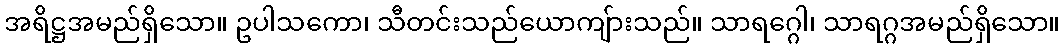
အရိဋ္ဌအမည်ရှိသော။ ဥပါသကော၊ သီတင်းသည်ယောကျ်ားသည်။ သာရဂ္ဂေါ၊ သာရဂ္ဂအမည်ရှိသော။